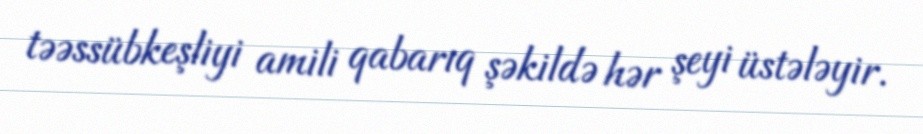
təəssübkeşliyi amili qabarıq şəkildə hər şeyi üstələyir.